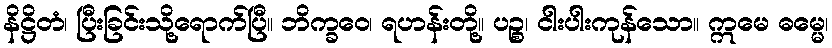
နိဋ္ဌိတံ၊ ပြီးခြင်းသို့ရောက်ပြီ။ ဘိက္ခဝေ၊ ရဟန်းတို့။ ပဉ္စ၊ ငါးပါးကုန်သော။ ဣမေ ဓမ္မေ၊